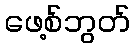
ဖေ့စ်ဘွတ်